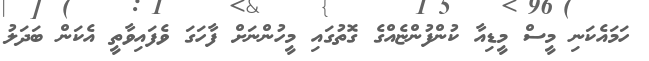
ހަމައެކަނި މީސް މީޑިއާ ކުންފުންޏެއްގެ ގޮތުގައި މީހުންނަށް ފާހަގަ ވެފައިވާތީ އެކަން ބަދަލު